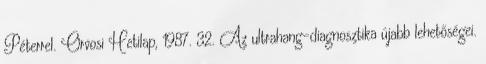
Péterrel. Orvosi Hetilap, 1987. 32. Az ultrahang-diagnosztika újabb lehetőségei.